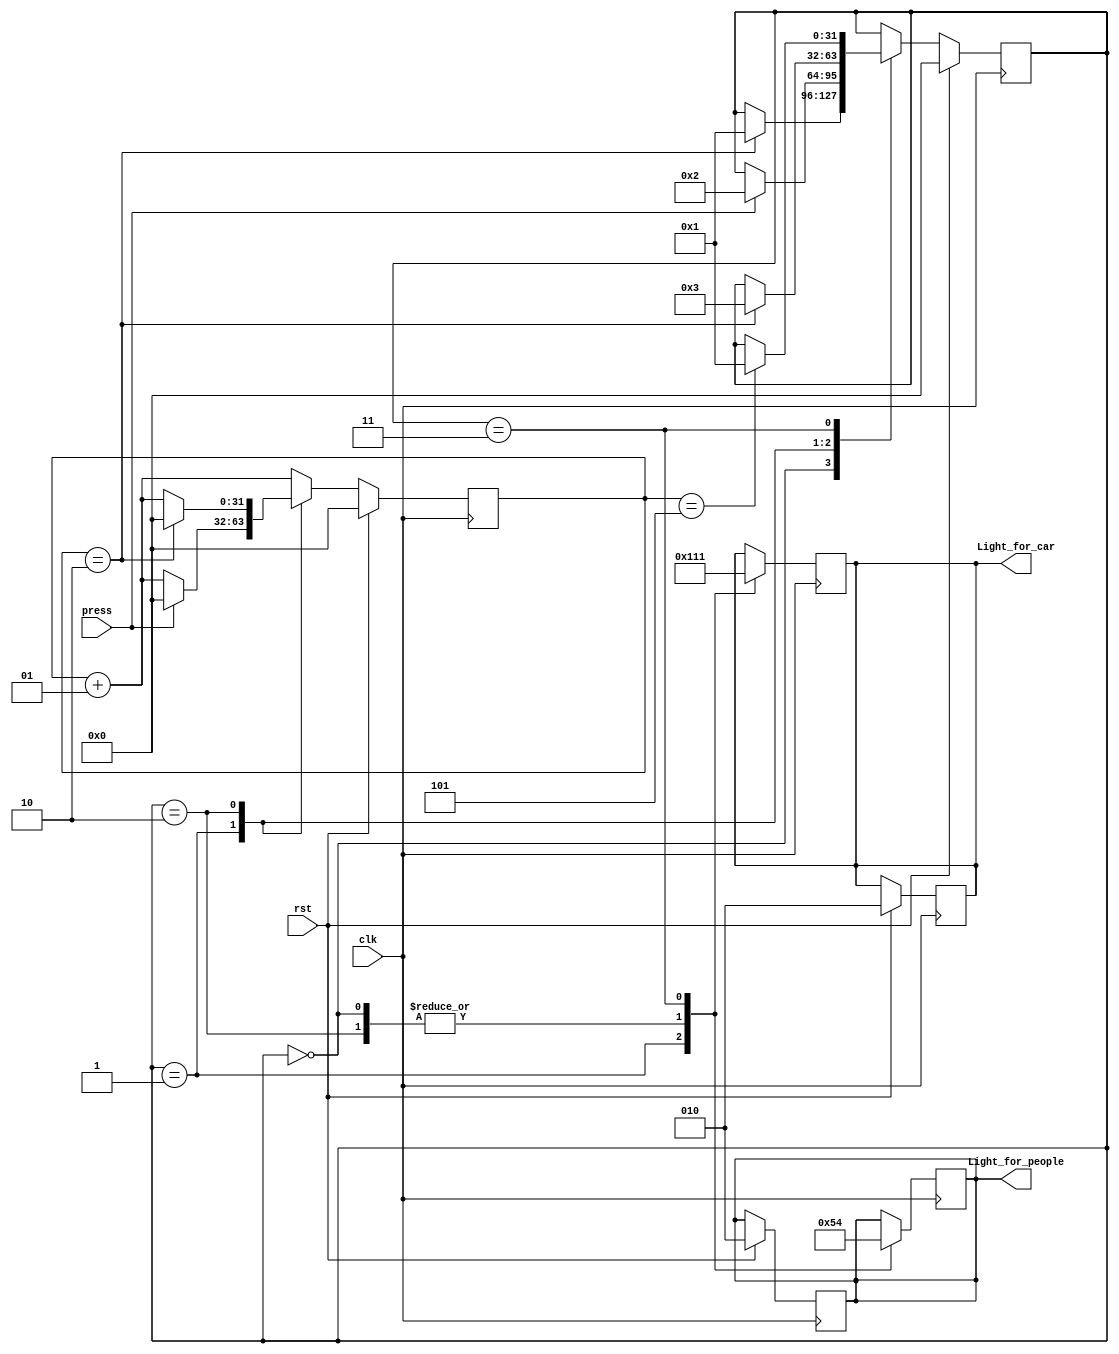
/*
  Author : Rakotojaona Nambinina
  email : Andrianoelisoa.Rakotojaona@gmail.com
  Description : traffic light verilog code
*/
`timescale 1ns / 1ps

module TrafficLight(
                   clk,
                   rst,
                   press,
                   Light_for_car,
                   Light_for_people
                   );
  // input port
  input clk;
  input rst;
  input press;
  // output port
  
  /*
    001 : RED
    010 : ORANGE
    100 : GREEN
  */
  output reg [2:0] Light_for_car;  
  output reg [2:0] Light_for_people;
  
  integer counter;
  // state 
  integer state;
  
  always @ (posedge clk)
    begin
      counter <= counter + 1;
      if (rst)
        begin
          counter <=0;
          state <=0;
          Light_for_car <=3'b010;
          Light_for_people <=3'b010;
        end
      else
        begin
          case (state)
            0:
              begin
                if (counter == 32'd2)
                  begin
                    state <=1;
                  end 
              end
            1:
              begin
                if (press)
                  begin
                    state <=2;
                    counter <=0;
                  end 
              end
            2:
              begin
                if (counter == 32'd2)
                  begin
                    state <=3;
                    counter <=0;
                  end 
              end 
            3:
              begin
                if (counter == 32'd5)
                  begin
                    state <=1;
                  end 
              end 
          endcase
        end 
    end
    
  always @ (negedge clk)
    begin
      case (state)
      
        /*
    001 : RED
    010 : ORANGE
    100 : GREEN
  */
        0: // idle state 
          begin
            Light_for_car <=3'b010;
            Light_for_people <=3'b010;
          end
        1: // pass car
          begin
            Light_for_car <=3'b100;
            Light_for_people <=3'b001;
          end 
        2: // wait state
          begin
            Light_for_car <=3'b010;
            Light_for_people <=3'b010;
          end
        3: // pass people
          begin
            Light_for_car <=3'b001;
            Light_for_people <=3'b100;
          end 
      endcase
    end 
  
endmodule

/*


module tb(

    );
    
  // input port
  reg clk;
  reg rst;
  reg press;
  // output port
  wire [2:0] Light_for_car;  
  wire [2:0] Light_for_people;
  
    TrafficLight uut (
                   clk,
                   rst,
                   press,
                   Light_for_car,
                   Light_for_people
                   );
  initial
    begin
      clk =0;
      rst =1;
      press =0;
      #10
      rst=0;
      #30
      press =1;
      #10
      press =0;
      #100
      press =1;
    end 
  always
    begin
      #5 clk = ! clk;
    end
 
endmodule
*/